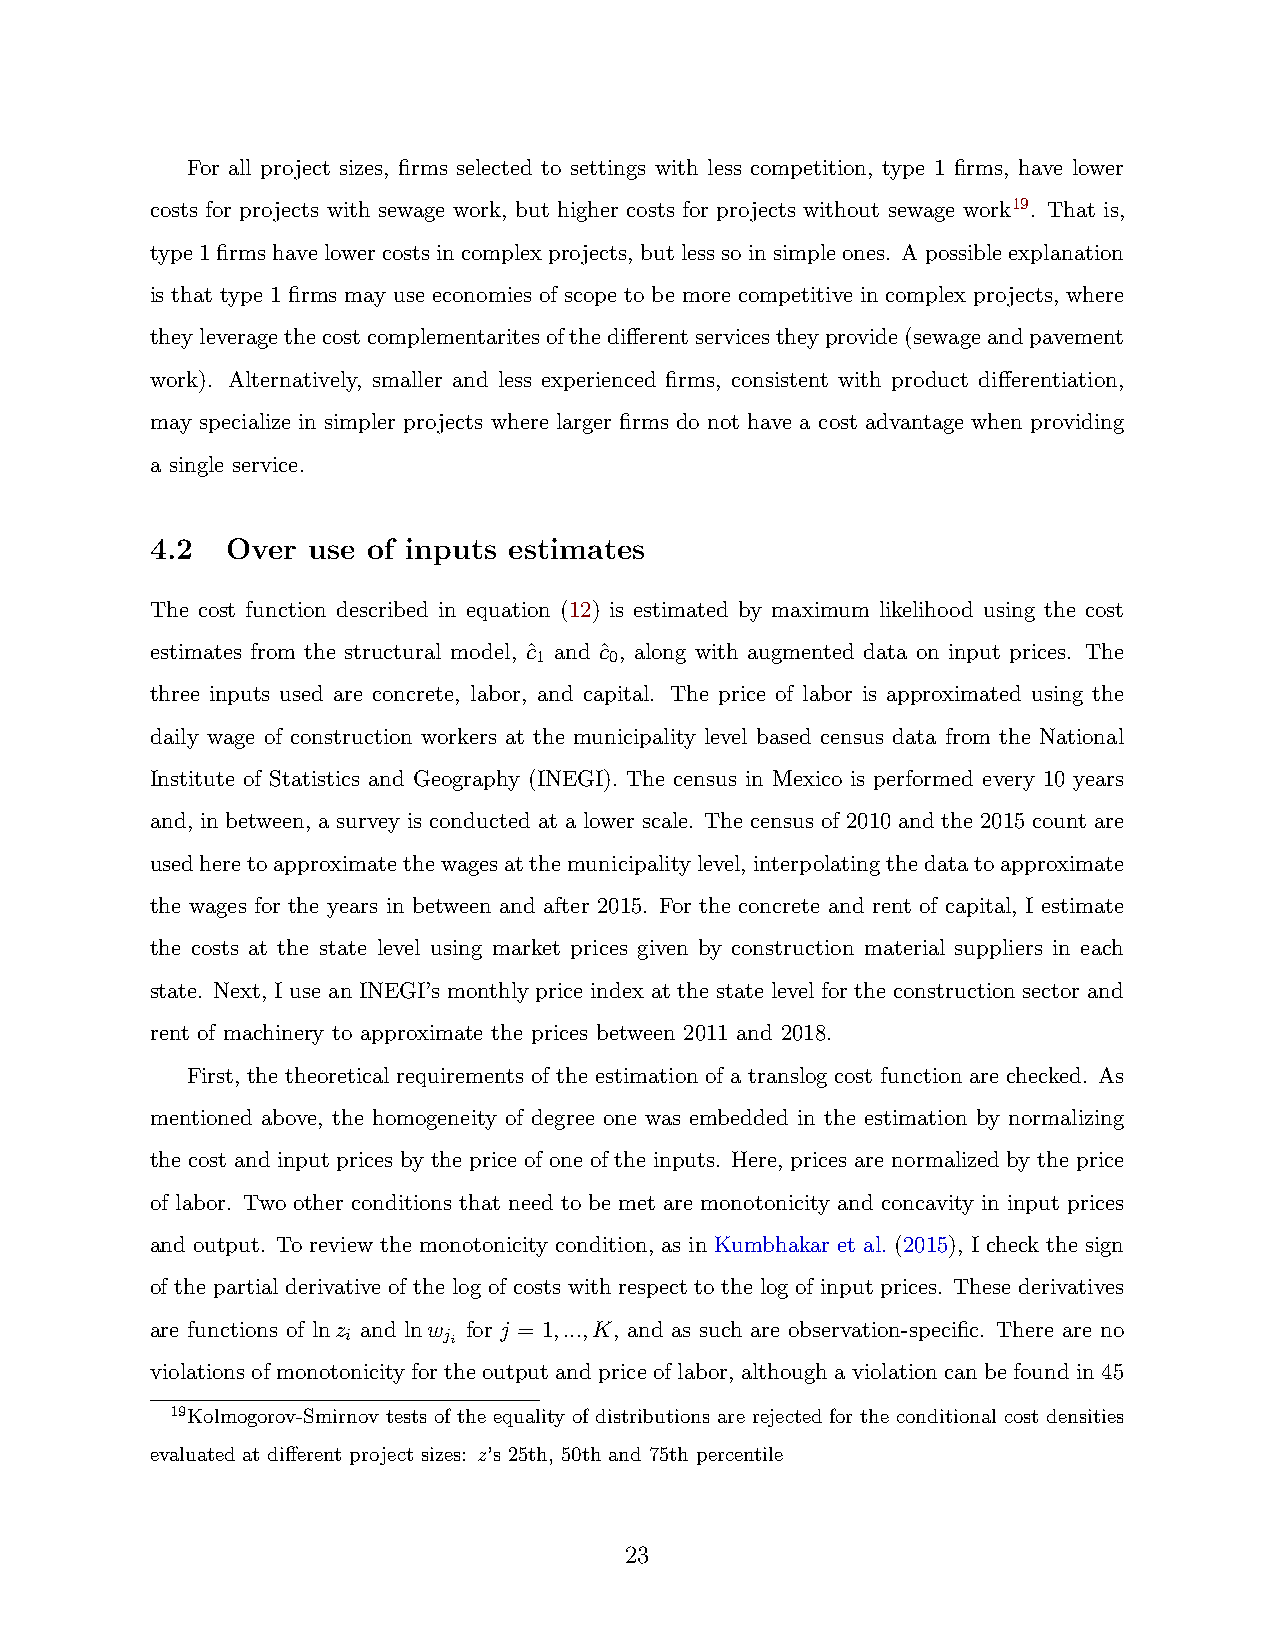
For all project sizes, firms selected to settings with less competition, type 1 firms, have lower
 costs for projects with sewage work, but higher costs for projects without sewage work19. That is,
 type1firmshavelowercostsincomplexprojects, butlesssoinsimpleones. Apossibleexplanation
 is that type 1 firms may use economies of scope to be more competitive in complex projects, where
 theyleveragethecostcomplementaritesofthedifferentservicestheyprovide(sewageandpavement
 work). Alternatively, smaller and less experienced firms, consistent with product differentiation,
 may specialize in simpler projects where larger firms do not have a cost advantage when providing
 a single service.
 4.2  Over use of inputs estimates
 The cost function described in equation (12) is estimated by maximum likelihood using the cost
 estimates from the structural model, cˆ and cˆ , along with augmented data on input prices. The
 1    0
 three inputs used are concrete, labor, and capital. The price of labor is approximated using the
 daily wage of construction workers at the municipality level based census data from the National
 Institute of Statistics and Geography (INEGI). The census in Mexico is performed every 10 years
 and, in between, a survey is conducted at a lower scale. The census of 2010 and the 2015 count are
 usedheretoapproximatethewagesatthemunicipalitylevel,interpolatingthedatatoapproximate
 the wages for the years in between and after 2015. For the concrete and rent of capital, I estimate
 the costs at the state level using market prices given by construction material suppliers in each
 state. Next, I use an INEGI’s monthly price index at the state level for the construction sector and
 rent of machinery to approximate the prices between 2011 and 2018.
 First, the theoretical requirements of the estimation of a translog cost function are checked. As
 mentioned above, the homogeneity of degree one was embedded in the estimation by normalizing
 the cost and input prices by the price of one of the inputs. Here, prices are normalized by the price
 of labor. Two other conditions that need to be met are monotonicity and concavity in input prices
 and output. To review the monotonicity condition, as in Kumbhakar et al. (2015), I check the sign
 of the partial derivative of the log of costs with respect to the log of input prices. These derivatives
 are functions of lnz and lnw for j = 1,...,K, and as such are observation-specific. There are no
 i     ji
 violationsofmonotonicityfortheoutputandpriceoflabor, althoughaviolationcanbefoundin45
 19Kolmogorov-Smirnov tests of the equality of distributions are rejected for the conditional cost densities
 evaluated at different project sizes: z’s 25th, 50th and 75th percentile
 23